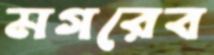
মগরেব